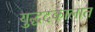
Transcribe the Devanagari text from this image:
युद्धदकालात